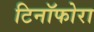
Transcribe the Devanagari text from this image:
टिनॉफोरा